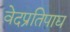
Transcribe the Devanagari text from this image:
वेदप्रतिपाद्य